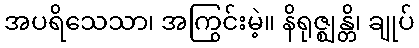
အပရိသေသာ၊ အကြွင်းမဲ့။ နိရုဇ္ဈန္တိ၊ ချုပ်